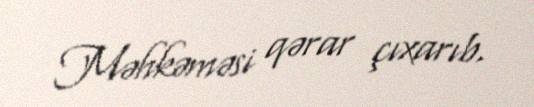
Məhkəməsi qərar çıxarıb.